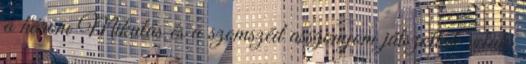
a három Mikulás és a szomszéd asszonyom játszottak velük.